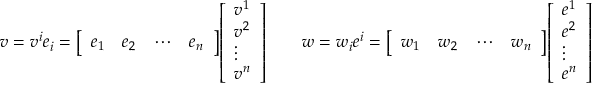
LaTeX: v = v ^ { i } e _ { i } = { \left[ \begin{array} { l l l l } { e _ { 1 } } & { e _ { 2 } } & { \cdots } & { e _ { n } } \end{array} \right] } { \left[ \begin{array} { l } { v ^ { 1 } } \\ { v ^ { 2 } } \\ { \vdots } \\ { v ^ { n } } \end{array} \right] } \qquad w = w _ { i } e ^ { i } = { \left[ \begin{array} { l l l l } { w _ { 1 } } & { w _ { 2 } } & { \cdots } & { w _ { n } } \end{array} \right] } { \left[ \begin{array} { l } { e ^ { 1 } } \\ { e ^ { 2 } } \\ { \vdots } \\ { e ^ { n } } \end{array} \right] }